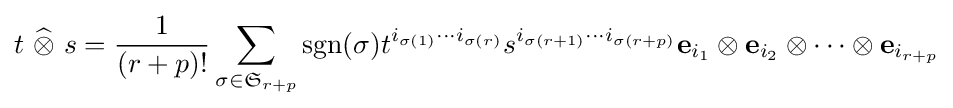
t~{\widehat {\otimes }}~s={\frac {1}{(r+p)!}}\sum _{\sigma \in {\mathfrak {S}}_{r+p}}\operatorname {sgn} (\sigma )t^{i_{\sigma (1)}\cdots i_{\sigma (r)}}s^{i_{\sigma (r+1)}\cdots i_{\sigma (r+p)}}{\mathbf {e} }_{i_{1}}\otimes {\mathbf {e} }_{i_{2}}\otimes \cdots \otimes {\mathbf {e} }_{i_{r+p}}